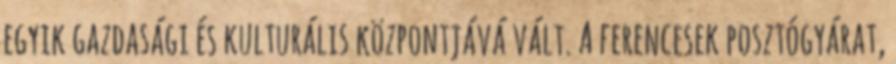
egyik gazdasági és kulturális központjává vált. A ferencesek posztógyárat,